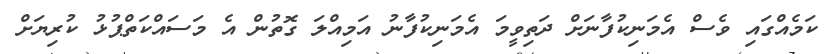
ކަމެއްގައި ވެސް އެމަނިކުފާނަށް ދަތިވީމަ އެމަނިކުފާނު އަމިއްލަ ގޮތުން އެ މަސައްކަތްޕުޅު ކުރިޔަށް